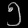
Digit: ၅